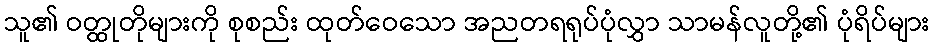
သူ၏ ဝတ္ထုတိုများကို စုစည်း ထုတ်ဝေသော အညတရရုပ်ပုံလွှာ သာမန်လူတို့၏ ပုံရိပ်များ